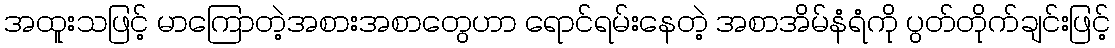
အထူးသဖြင့် မာကြောတဲ့အစားအစာတွေဟာ ရောင်ရမ်းနေတဲ့ အစာအိမ်နံရံကို ပွတ်တိုက်ချင်းဖြင့်